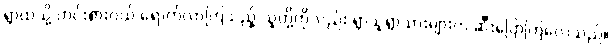
ရွာထဲသို့ ဟင်းစားဝယ် ရောက်လာကြသည့် သူတို့ကိုလည်း ရွာသူရွာသားများက ဆီးပြောကြလေသည်။